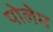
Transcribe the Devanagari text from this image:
पोलेम